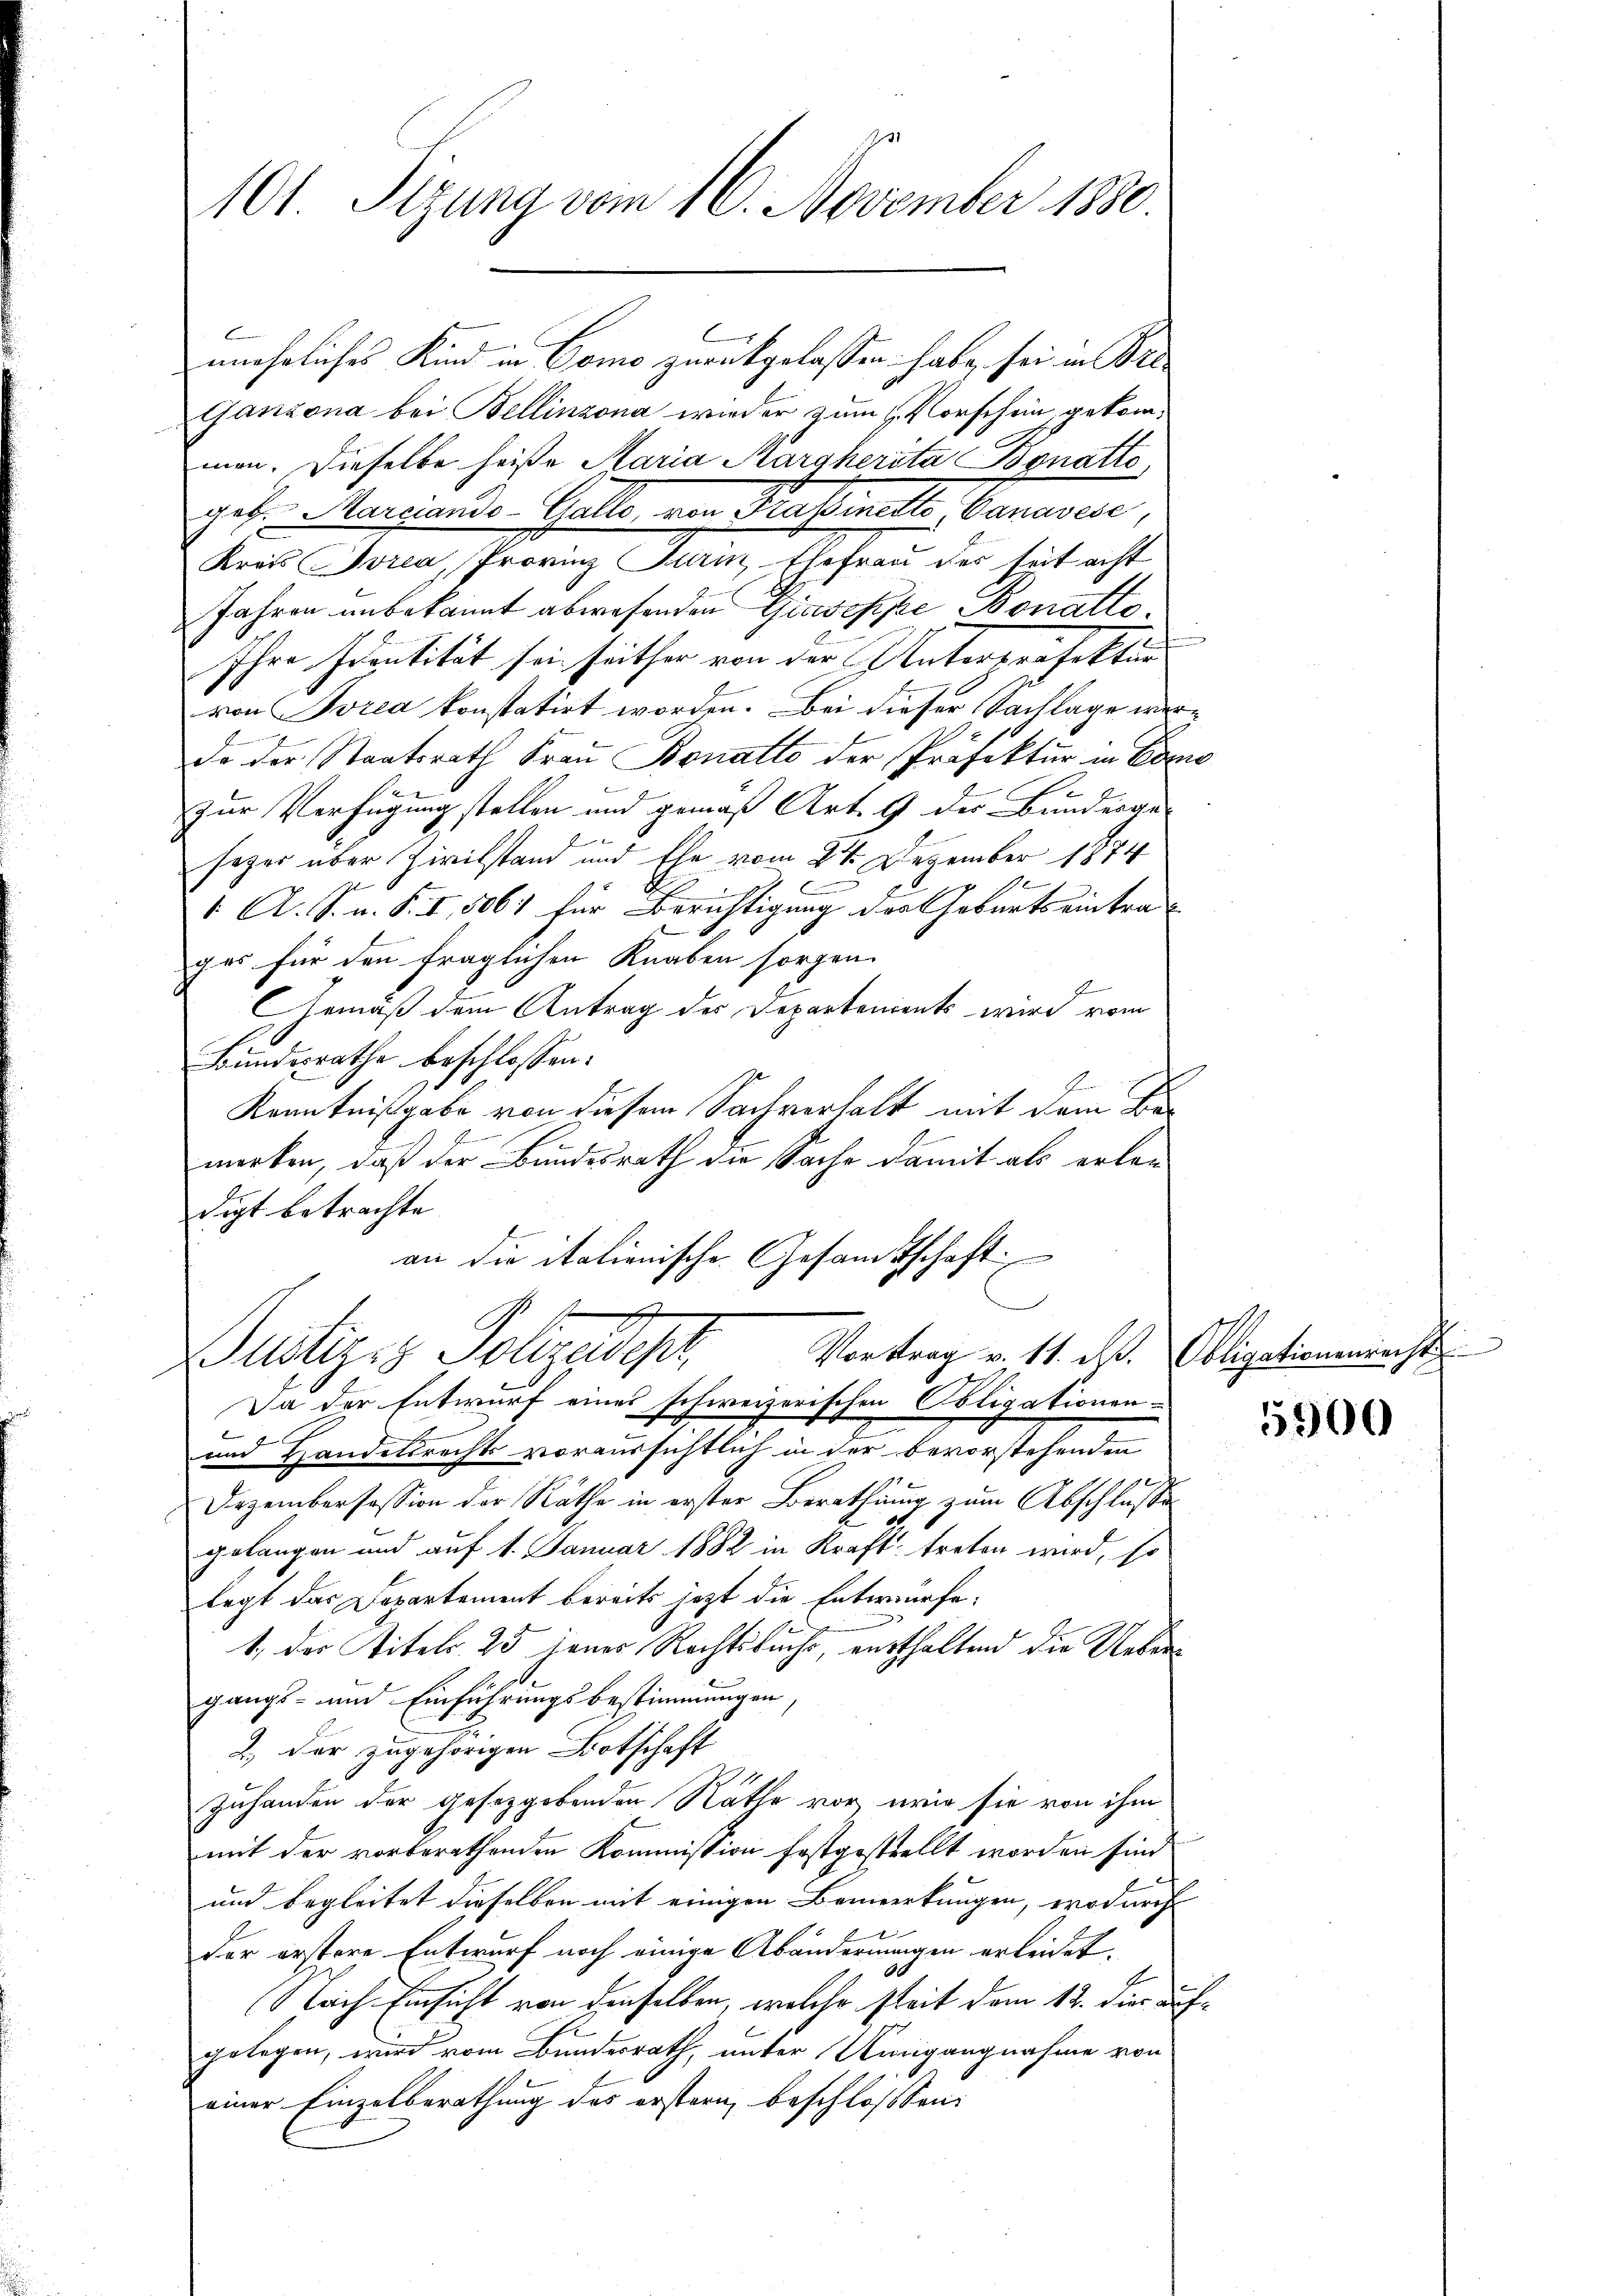
101 Sizung vom 16. November 1880

unehrliches Kind in Como zurückgelassen habe, sei in Bre
Ganzona bei Bellinzona wieder zum Vorschein, gekommen. Dieselbe heiße Maria Marghersta Bonatto
ger. Mariende Gatte, von Satinell Bananen,
Krais orca, Provinz Kunz, Ehefrau des seit acht
Jahren unbekannt abwesenden Giuseppe Bonatto.
Ihre Identität sei seither von der Unterpräfektur
von Borea konstatirt worden. Bei dieser Sachlage werdo der Staatsrath Fraŭ Bonatto der Präfektur in Como
zur Verfügung stellen und gemäß Art. 9 der Bunderge-
seger über Zivilstand und Ehe vom 24. Dezember 1874
1
1. A. S. u. S. I, 506 für Berichtigung der Geburtseintrages für den fraglichen Knaben sorgen.
GGemäß dem Antrag des Departements wird vom
Bundesrathe beschlossen:
n
Kenntnißgabe von diesem Sachverhalt mit dem Bemerken, daß der Bundesrath die Sache damit als erledigt betrachte
an die italienische Gesandtschaft:

C
Vortrag v. 11. d. Obligationenrecht
Justizis Polizeidiger
Da der Entwurf eines schweizerischen Obligationen-

und Handelsrechts voraussichtlich in der bevorstehenden
Dezembersession der Räthe in erster Berathung zum Abschlusse
2
gelangen und auf 1. Januar 1882 in Kraft treten wird, so
legt das Departement bereits jetzt die Entwürfe;
1., der Titels. 25 jener Rechtsbuchs, entthaltend die Uebergangs- und Einführungsbestimmungen,
2.) Der zugehörigen Botschaft
Zuhanden der gesetzgebenden Näthe vor, wie sie von ihm
mit der vorberathenden Kommission festgestellt worden sind
und begleitet dieselben mit einigen Bemerkungen, wodurch
der erstere Entwurf noch einige Abänderungen erleidet.
Nach Einsicht von denselben, welche seit dem 12. dies aufgelegen, wird vom Bundesrath, unter Ringangnahme von
einer Einzelberathung des erstern, beschlossen:

5900